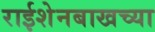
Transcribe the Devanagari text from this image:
राईशेनबाखच्या